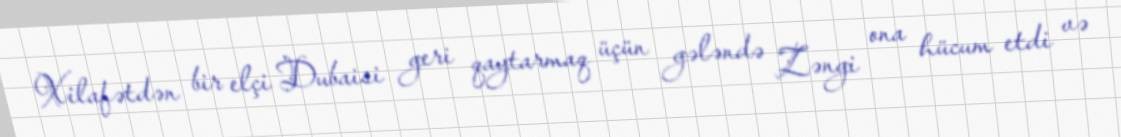
Xilafətdən bir elçi Dubaisi geri qaytarmaq üçün gələndə Zəngi ona hücum etdi və